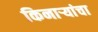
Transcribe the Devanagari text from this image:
किनाऱ्यांचा